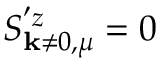
S _ { \mathbf { k } \neq \boldsymbol { 0 } , \mu } ^ { ' z } = 0